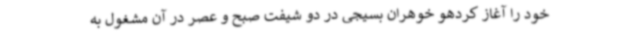
خود را آغاز کردهو خوهران بسیجی در دو شیفت صبح و عصر در آن مشغول به